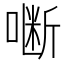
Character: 𭊜